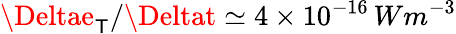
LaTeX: \Deltae_{\mathsf{T}}/\Deltat\simeq4\times10^{-16}\, Wm^{-3}